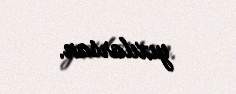
yıxılarsan.